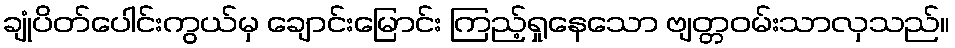
ချုံပိတ်ပေါင်းကွယ်မှ ချောင်းမြောင်း ကြည့်ရှုနေသော ဗျတ္တဝမ်းသာလှသည်။